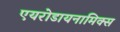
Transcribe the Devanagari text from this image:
एयरोडायनामिक्स